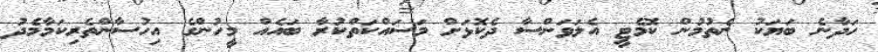
ހަދާނެ ބަޔަކު ނެތުމުން ކޮމެޓީ އެލަވަންސާ ދެކޮޅަށް މަސައްކަތްކުރާ ބައެއް މީހުންގެ އިހުސާންތެރިކަމާމެދު